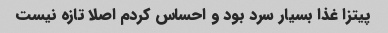
پیتزا غذا بسیار سرد بود و احساس کردم اصلا تازه نیست